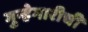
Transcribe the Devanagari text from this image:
गुन्हेगारीची